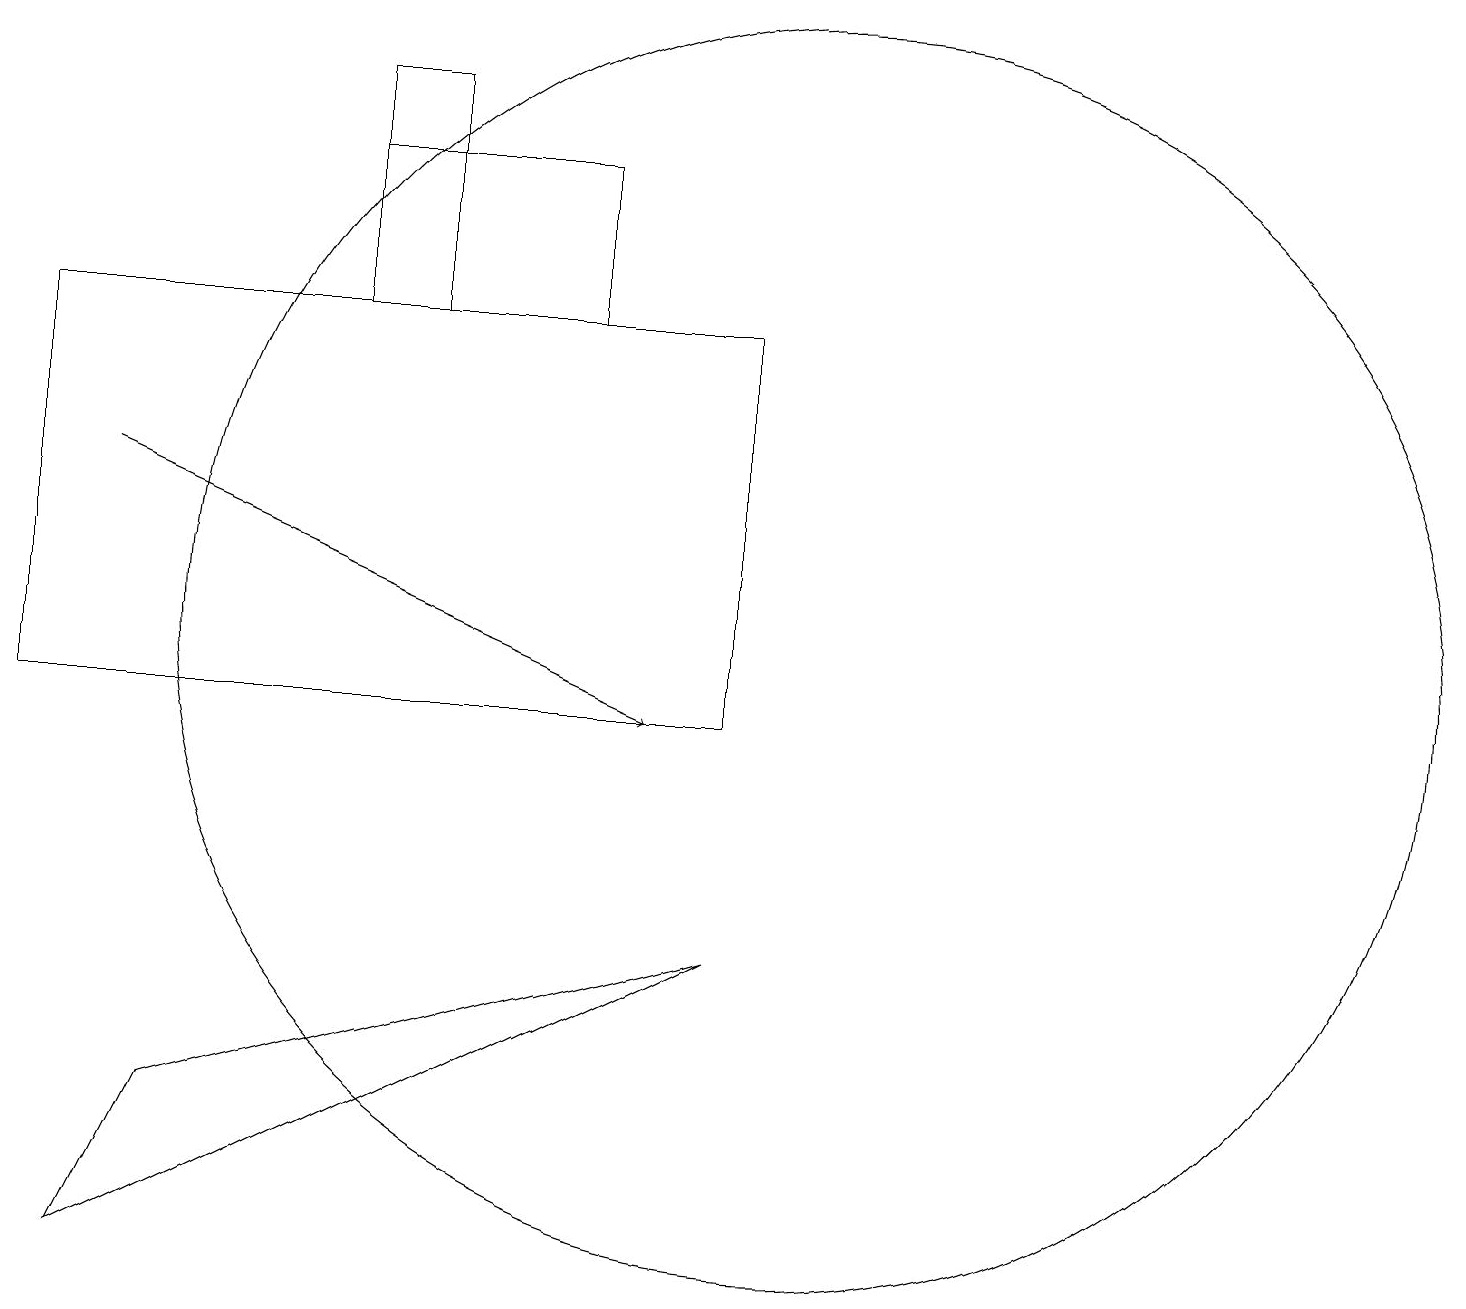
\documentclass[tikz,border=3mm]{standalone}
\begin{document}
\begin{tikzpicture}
\draw (0,11) rectangle (9,16);
\draw[->] (1,14) -- (8,11);
\draw (7,18) rectangle (4,16);
\draw (10,12) circle (8);
\draw (1,4) -- (2,6) -- (9,8) -- cycle;
\draw (5,19) rectangle (4,16);
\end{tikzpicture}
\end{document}